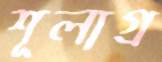
শূলাগ্র